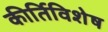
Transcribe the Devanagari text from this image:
कीर्तिविशेष